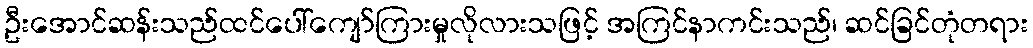
ဦးအောင်ဆန်းသည်ထင်ပေါ်ကျော်ကြားမှုလိုလားသဖြင့် အကြင်နာကင်းသည်၊ ဆင်ခြင်တုံတရား